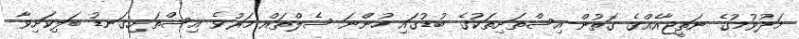
މަދުވުމުގެ ނަތީޖާއެއްގެ ގޮތުން އިސްތަށިތަކުގެ ބުޑުގައި ހުންނަ ސެލްތައް މަރުވެ އިސްތަށިގަނޑު ބަލިކަށިވާ